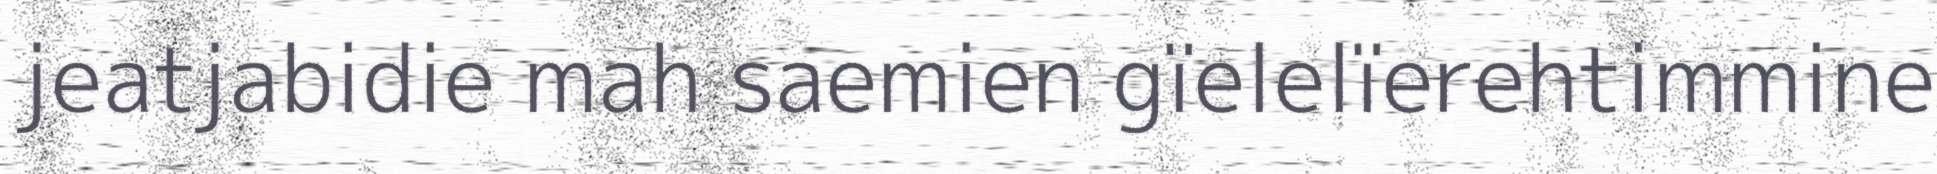
jeatjabidie mah saemien gïelelïerehtimmine